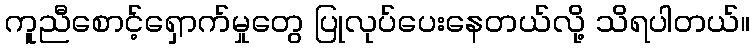
ကူညီစောင့်ရှောက်မှုတွေ ပြုလုပ်ပေးနေတယ်လို့ သိရပါတယ်။